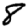
Digit: 8